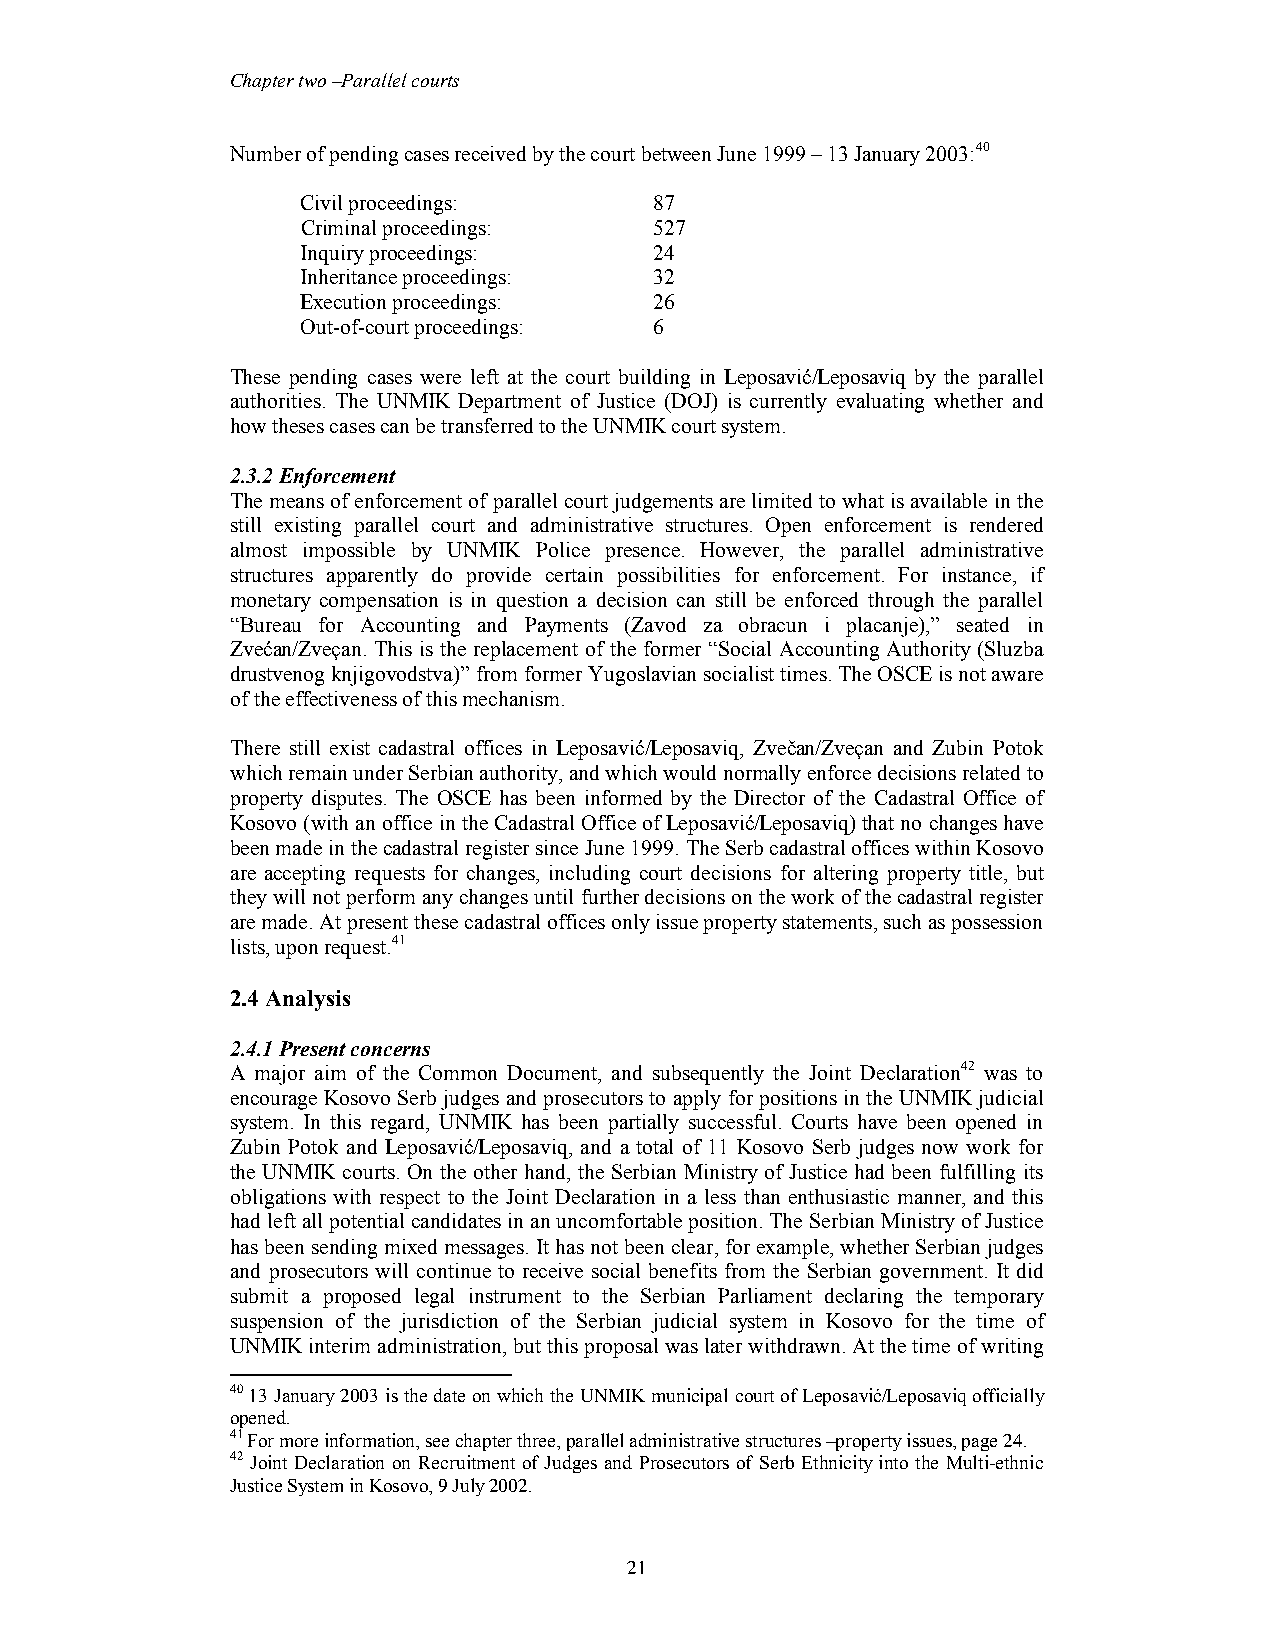
Chapter two –Parallel courts
 Number of pending cases received by the court between June 1999 – 13 January 2003:40
 Civil proceedings:     87
 Criminal proceedings:  527
 Inquiry proceedings:   24
 Inheritance proceedings: 32
 Execution proceedings: 26
 Out-of-court proceedings: 6
 These pending cases were left at the court building in Leposavić/Leposaviq by the parallel
 authorities. The UNMIK Department of Justice (DOJ) is currently evaluating whether and
 how theses cases can be transferred to the UNMIK court system.
 2.3.2 Enforcement
 The means of enforcement of parallel court judgements are limited to what is available in the
 still existing parallel court and administrative structures. Open enforcement is rendered
 almost impossible by UNMIK Police presence. However, the parallel administrative
 structures apparently do provide certain possibilities for enforcement. For instance, if
 monetary compensation is in question a decision can still be enforced through the parallel
 “Bureau for Accounting and Payments (Zavod za obracun i placanje),” seated in
 Zvećan/Zveçan. This is the replacement of the former “Social Accounting Authority (Sluzba
 drustvenog knjigovodstva)” from former Yugoslavian socialist times. The OSCE is not aware
 of the effectiveness of this mechanism.
 There still exist cadastral offices in Leposavić/Leposaviq, Zvečan/Zveçan and Zubin Potok
 which remain under Serbian authority, and which would normally enforce decisions related to
 property disputes. The OSCE has been informed by the Director of the Cadastral Office of
 Kosovo (with an office in the Cadastral Office of Leposavić/Leposaviq) that no changes have
 been made in the cadastral register since June 1999. The Serb cadastral offices within Kosovo
 are accepting requests for changes, including court decisions for altering property title, but
 they will not perform any changes until further decisions on the work of the cadastral register
 are made. At present these cadastral offices only issue property statements, such as possession
 lists, upon request.41
 2.4 Analysis
 2.4.1 Present concerns
 A major aim of the Common Document, and subsequently the Joint Declaration42 was to
 encourage Kosovo Serb judges and prosecutors to apply for positions in the UNMIK judicial
 system. In this regard, UNMIK has been partially successful. Courts have been opened in
 Zubin Potok and Leposavić/Leposaviq, and a total of 11 Kosovo Serb judges now work for
 the UNMIK courts. On the other hand, the Serbian Ministry of Justice had been fulfilling its
 obligations with respect to the Joint Declaration in a less than enthusiastic manner, and this
 had left all potential candidates in an uncomfortable position. The Serbian Ministry of Justice
 has been sending mixed messages. It has not been clear, for example, whether Serbian judges
 and prosecutors will continue to receive social benefits from the Serbian government. It did
 submit a proposed legal instrument to the Serbian Parliament declaring the temporary
 suspension of the jurisdiction of the Serbian judicial system in Kosovo for the time of
 UNMIK interim administration, but this proposal was later withdrawn. At the time of writing
 40 13 January 2003 is the date on which the UNMIK municipal court of Leposavić/Leposaviq officially
 opened.
 41 For more information, see chapter three, parallel administrative structures –property issues, page 24.
 42 Joint Declaration on Recruitment of Judges and Prosecutors of Serb Ethnicity into the Multi-ethnic
 Justice System in Kosovo, 9 July 2002.
 21